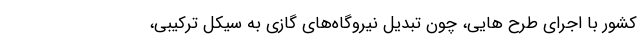
کشور با اجرای طرح هایی، چون تبدیل نیروگاه‌های گازی به سیکل ترکیبی،